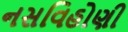
નસવિહોણી